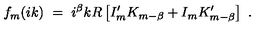
f _ { m } ( i k ) \ = \ i ^ { \beta } k R \left[ I _ { m } ^ { \prime } K _ { m - \beta } + I _ { m } K _ { m - \beta } ^ { \prime } \right] \ .